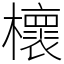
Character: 櫰